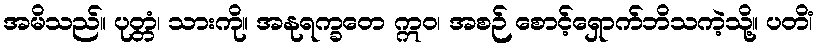
အမိသည်။ ပုတ္တံ၊ သားကို။ အနုရက္ခတေ ဣဝ၊ အစဉ် စောင့်ရှောက်ဘိသကဲ့သို့။ ပတိံ၊